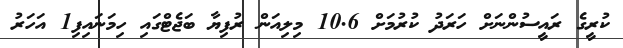
ކުރީގެ ރައީސުންނަށް ހަރަދު ކުރުމަށް 10.6 މިލިއަން ރުފިޔާ ބަޖެޓްގައި ހިމަނައިފި1 އަހަރު